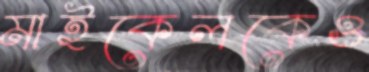
মাইকেলকেও